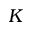
{ \cal K }